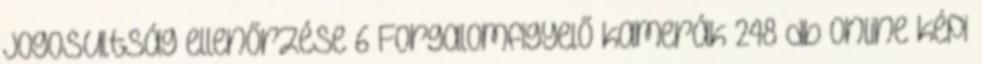
jogosultság ellenőrzése 6 Forgalomfigyelő kamerák 248 db Online képi